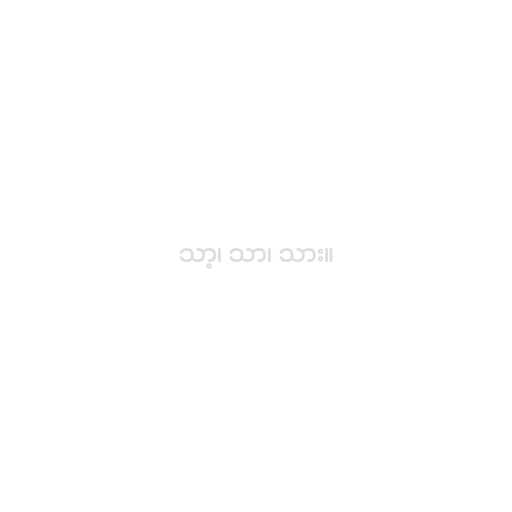
သာ့၊ သာ၊ သား။